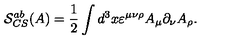
\mathcal { S } _ { C S } ^ { a b } ( A ) = \frac 1 2 \int d ^ { 3 } x \varepsilon ^ { \mu \nu \rho } A _ { \mu } \partial _ { \nu } A _ { \rho } .